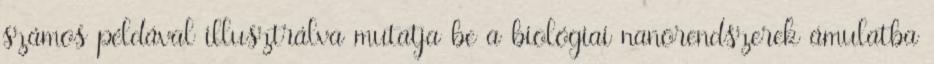
számos példával illusztrálva mutatja be a biológiai nanorendszerek ámulatba